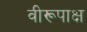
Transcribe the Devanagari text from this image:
वीरूपाक्ष